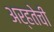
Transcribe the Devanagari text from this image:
अर्हतेची